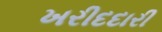
ખરીદદારી